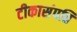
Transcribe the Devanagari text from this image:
टीकासंपत्ति